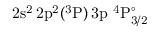
\mathrm { 2 s ^ { 2 } \, 2 p ^ { 2 } ( ^ { 3 } P ) \, 3 p ~ ^ { 4 } P _ { 3 / 2 } ^ { \circ } }